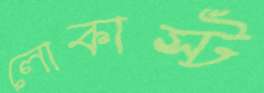
লোকাস্ট